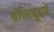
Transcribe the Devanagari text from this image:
बॉलिवूडचे